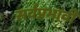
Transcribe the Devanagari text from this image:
सर्वप्रभावी